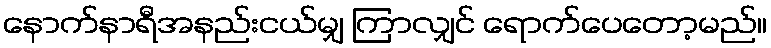
နောက်နာရီအနည်းငယ်မျှ ကြာလျှင် ရောက်ပေတော့မည်။